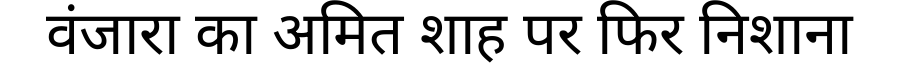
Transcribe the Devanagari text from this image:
वंजारा का अमित शाह पर फिर निशाना